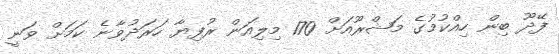
ފޭދޫ ބިން ހިއްކުމުގެ މަޝްރޫއަށް 170 މިލިއަން ރުފިޔާ ހަރަދުވާނެ ކަމަށް ވަނީ